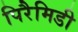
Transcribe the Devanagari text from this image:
पिरैमिडी